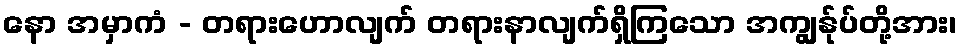
နော အမှာကံ - တရားဟောလျက် တရားနာလျက်ရှိကြသော အကျွန်ုပ်တို့အား၊